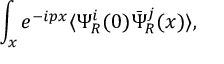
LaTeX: \int _ { x } e ^ { - i p x } \langle \Psi _ { R } ^ { i } ( 0 ) \bar { \Psi } _ { R } ^ { j } ( x ) \rangle ,